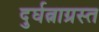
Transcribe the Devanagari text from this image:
दुर्घत्नाग्रस्त